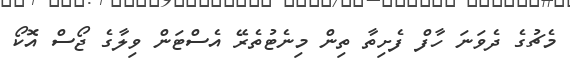
މެޗުގެ ދެވަނަ ހާފް ފެށިތާ ތިން މިނެޓުތެރޭ އެސްޓަން ވިލާގެ ޖޯސް އޮކޯ